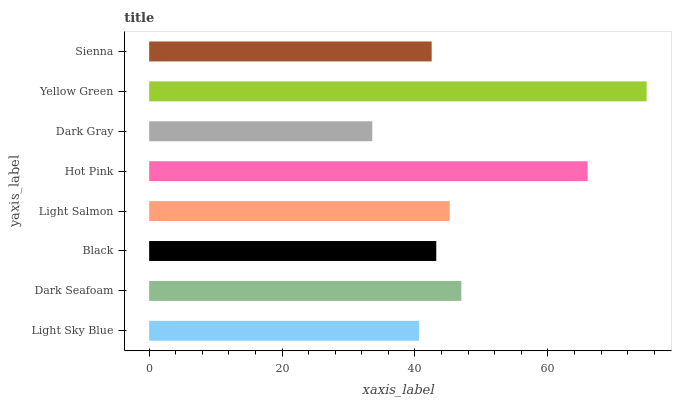
| yaxis_label | bars |
 | --- | --- |
 | Light Sky Blue | 40.6 |
 | Dark Seafoam | 47 |
 | Black | 43.2 |
 | Light Salmon | 45.2 |
 | Hot Pink | 66 |
 | Dark Gray | 33.6 |
 | Yellow Green | 74.9 |
 | Sienna | 42.5 |